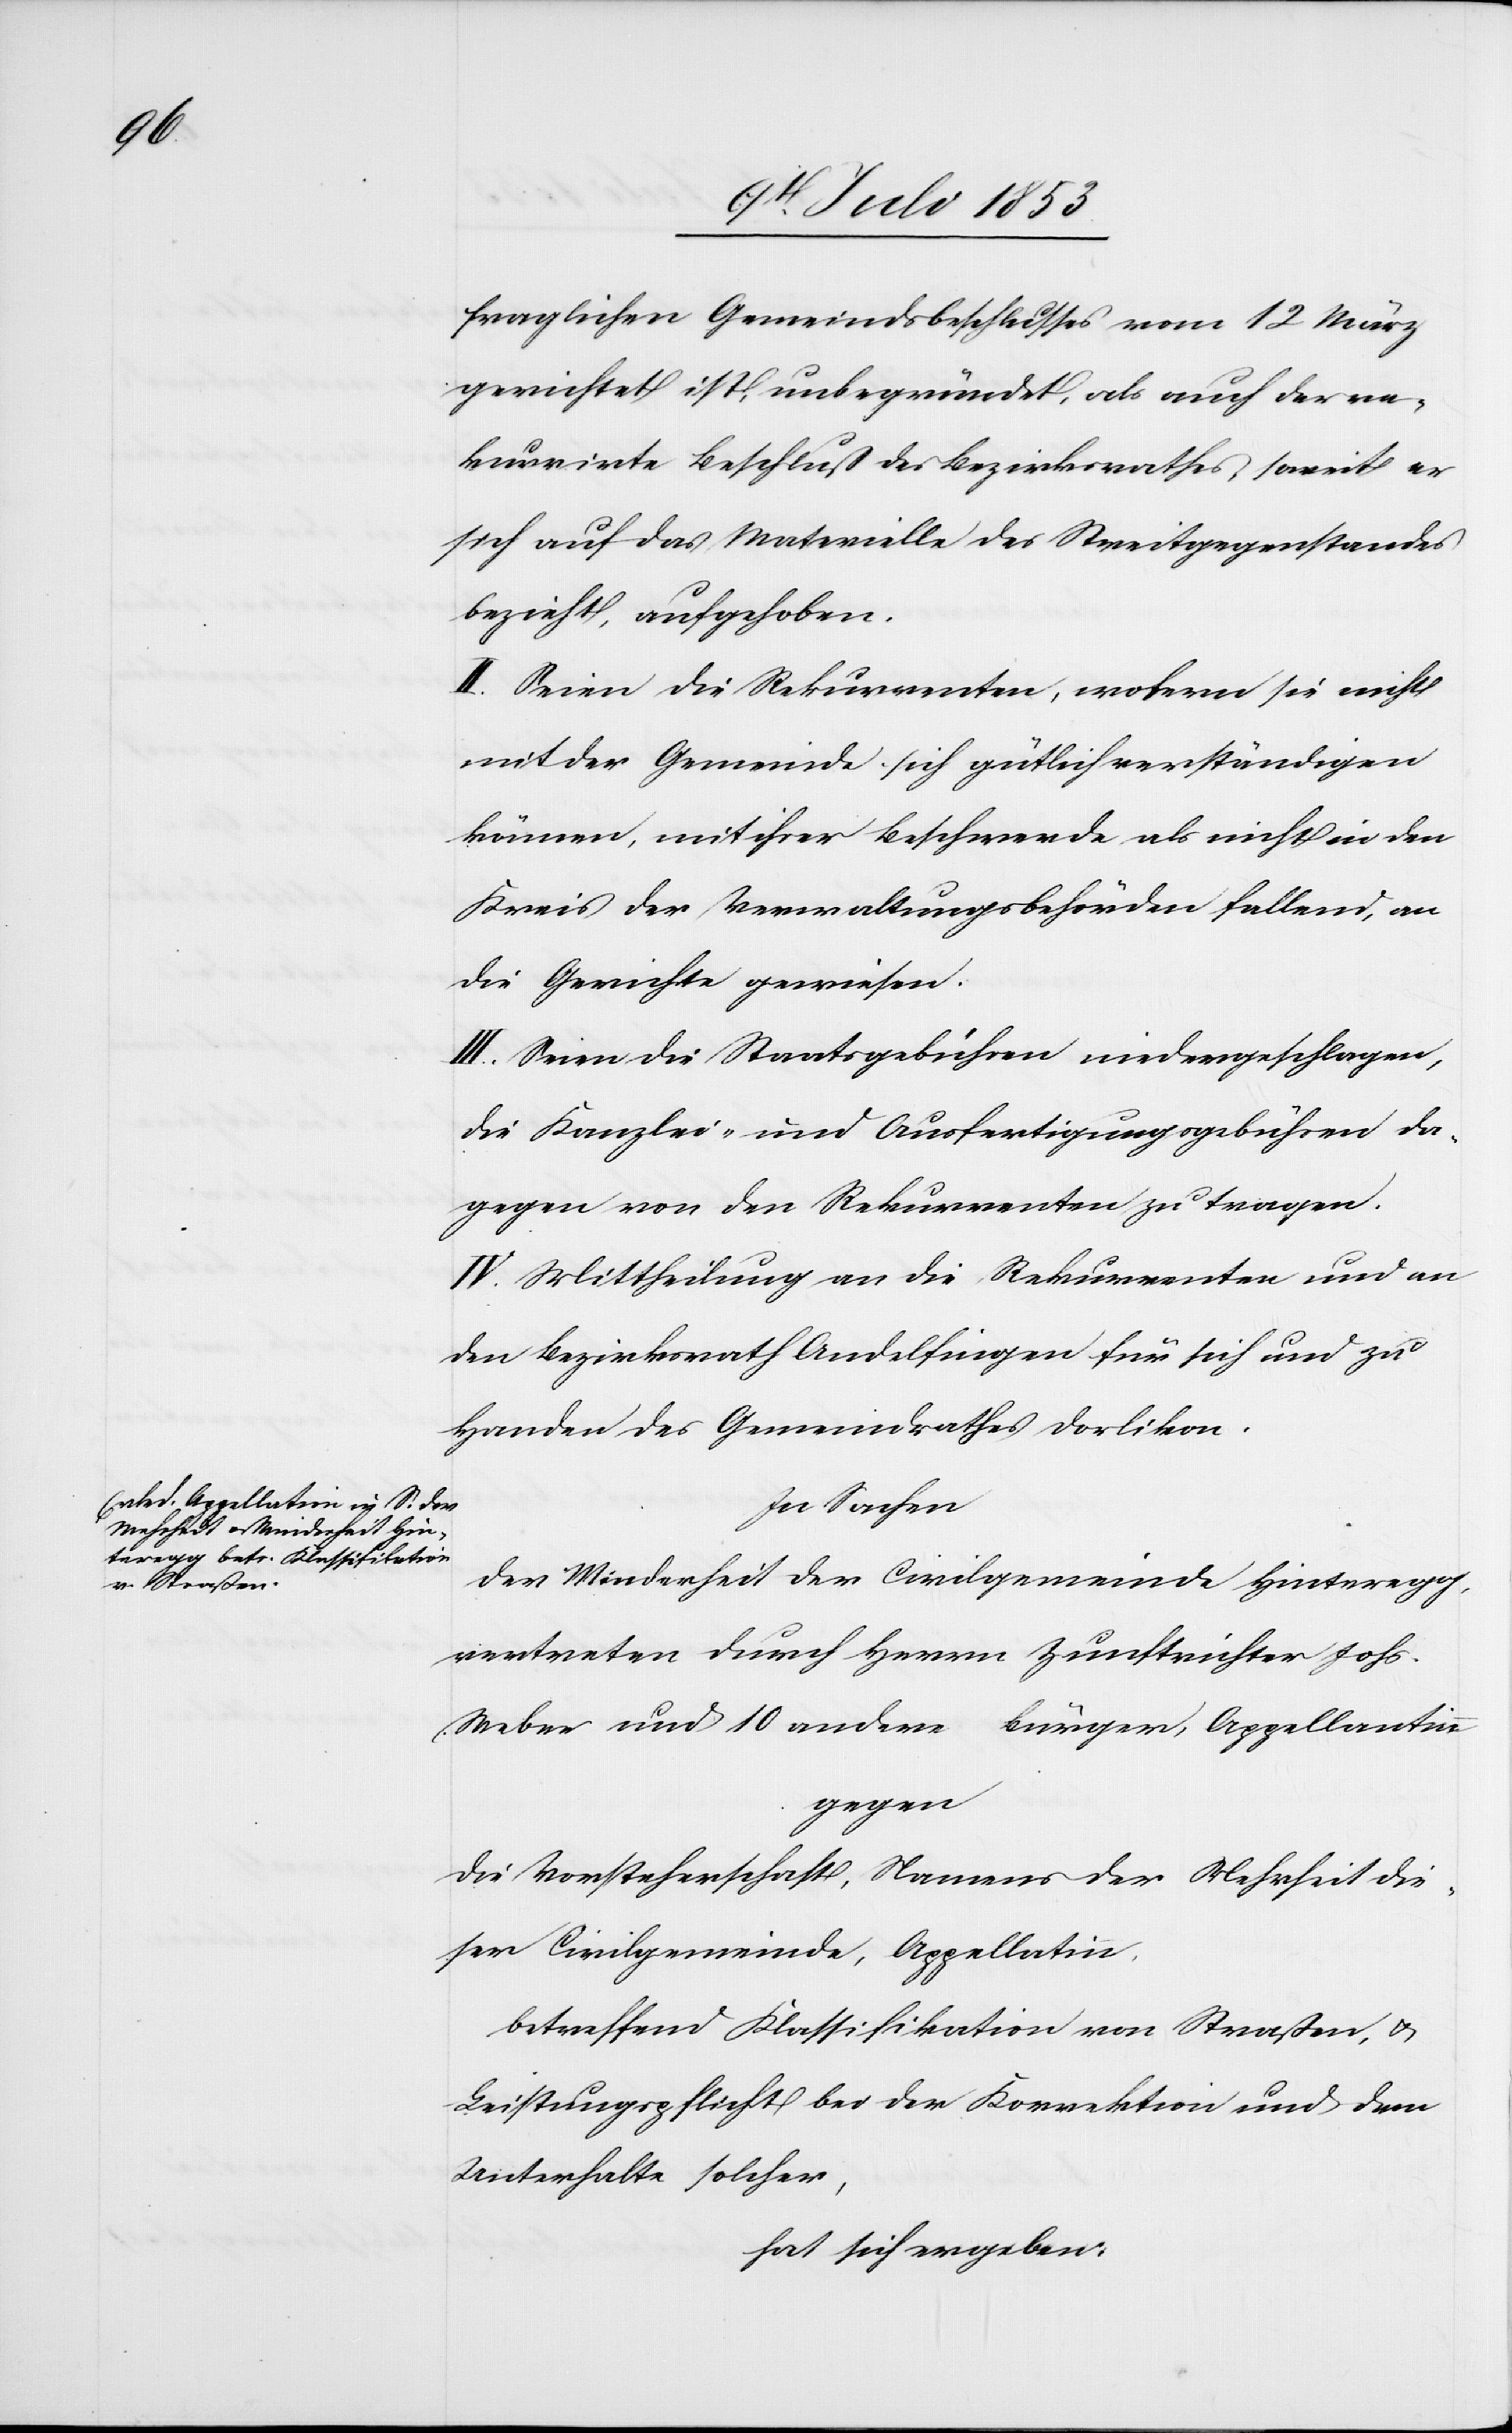
fraglichen Gemeindsbeschlusses vom 12 März
gerichtet ist, unbegründet, als auch der re¬
kurrirte Beschluß des Bezirksrathes, soweit er
sich auf das Materielle des Streitgegenstandes
bezieht, aufgehoben.
II. Seien die Rekurrenten, wofern sie nicht
mit der Gemeinde sich gütlich verständigen
können, mit ihrer Beschwerde als nicht in den
Kreis der Verwaltungsbehörden fallend, an
die Gerichte gewiesen.
III. Seien die Staatsgebühren niedergeschlagen,
die Kanzlei- und Ausfertigungsgebühren da¬
gegen vor den Rekurrenten zu tragen.
IV. Mittheilung an die Rekurrenten und an
den Bezirksrath Andelfingen für sich und zu
Handen des Gemeindrathes Dorlikon.
In Sachen
der Minderheit der Civilgemeinde Hinteregg,
vertreten durch Herrn Zunftrichter Johs.
Weber und 10 andere Bürger, Appellantinn.
Betreffend Klassifikation von Straßen, u.
Leistungspflicht bei der Korrektion und dem
Unterhalte solcher,
hat sich ergeben: